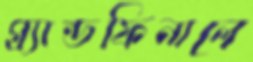
গ্র্যান্ডফিনালে